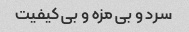
سرد و بی مزه و بی کیفیت